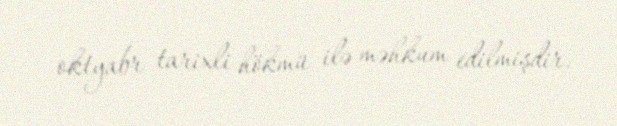
oktyabr tarixli hökmü ilə məhkum edilmişdir.